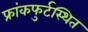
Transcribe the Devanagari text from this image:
फ्रांकफुर्टस्थित